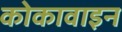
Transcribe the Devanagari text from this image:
कोकावाइन